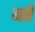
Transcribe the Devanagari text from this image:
बते